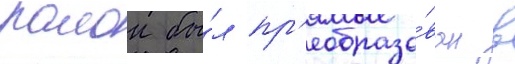
раион бы́л пр'еобразо́ван в